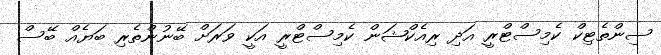
ސިންތެޓިކް ކެމިސްޓްރީ އަދި ރިއެކްޝަން ކެމިސްޓްރީ އަކީ ވަރަށް ބޭނުންތެރި ބަޔެއް ބޭސް